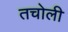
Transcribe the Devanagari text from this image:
तचोली